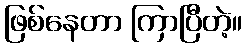
ဖြစ်နေတာ ကြာပြီတဲ့။